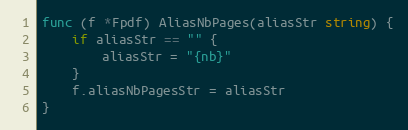
Language: Go
func (f *Fpdf) AliasNbPages(aliasStr string) {
	if aliasStr == "" {
		aliasStr = "{nb}"
	}
	f.aliasNbPagesStr = aliasStr
}